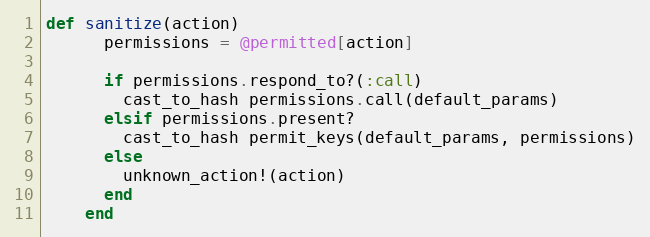
Language: Ruby
def sanitize(action)
      permissions = @permitted[action]

      if permissions.respond_to?(:call)
        cast_to_hash permissions.call(default_params)
      elsif permissions.present?
        cast_to_hash permit_keys(default_params, permissions)
      else
        unknown_action!(action)
      end
    end